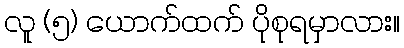
လူ (၅) ယောက်ထက် ပိုစုရမှာလား။